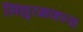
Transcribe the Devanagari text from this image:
सिंधुरक्षकला